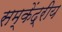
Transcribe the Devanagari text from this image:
सम्केंद्रीय